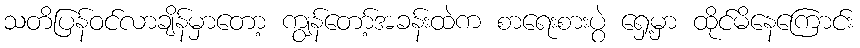
သတိပြန်ဝင်လာချိန်မှာတော့ ကျွန်တော့်အခန်းထဲက စာရေးစားပွဲ ရှေ့မှာ ထိုင်မိနေကြောင်း